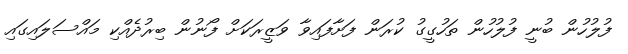
ފުލުހުން ބުނީ ފުލުހުން ތަހުގީގު ކުރަން ފަށާފައިވާ ވަޒީރަކަށް ފޯނުން ބިރުދެއްކި މައްސަލައިގައި